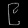
Digit: ၉